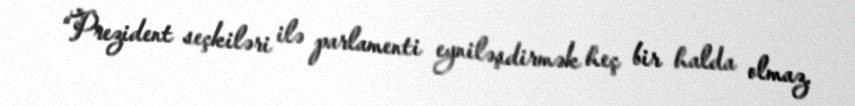
“Prezident seçkiləri ilə parlamenti eyniləşdirmək heç bir halda olmaz.